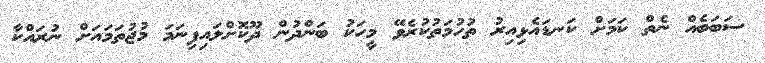
ސަބަބެއް ނެތް ކަމަށް ކަނޑައެޅިއިރު ތުހުމަތުކުރެވޭ މީހަކު ބަންދުން ދޫކޮށްލައިފިނަމަ މުޖުތަމައަށް ނުރައްކާ